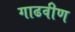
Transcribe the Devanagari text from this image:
गाढवीण